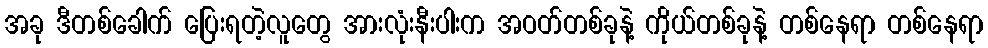
အခု ဒီတစ်ခေါက် ပြေးရတဲ့လူတွေ အားလုံးနီးပါးက အဝတ်တစ်ခုနဲ့ ကိုယ်တစ်ခုနဲ့ တစ်နေရာ တစ်နေရာ